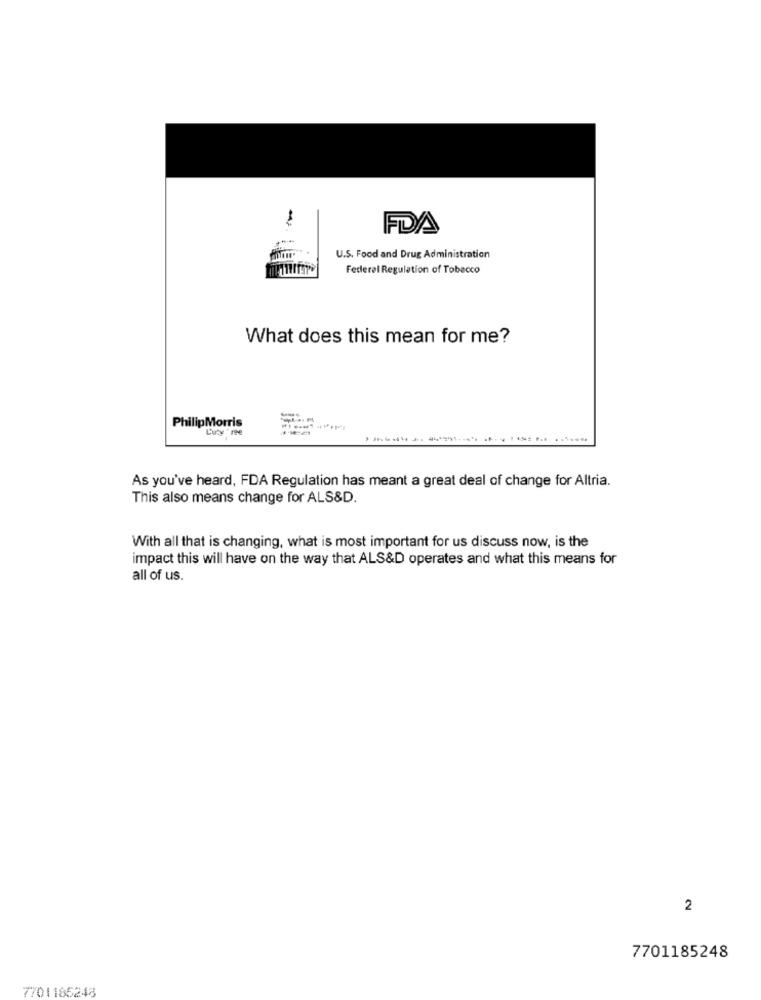
FDA
U.S. Food and Drug Administration
Federal Regulation of Tobacco
What does this mean for me?
PhilipMorris
L'uty ree
As you've heard, FDA Regulation has meant a great deal of change for Altria.
This also means change for ALS&D.
With all that is changing, what is most important for us discuss now, is the
impact this will have on the way that ALS&D operates and what this means for
all of us.
2
7701185248
7701166248